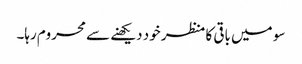
سو میں باقی کا منظر خود دیکھنے سے محروم رہا۔